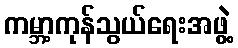
ကမ္ဘာ့ကုန်သွယ်ရေးအဖွဲ့